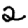
Digit: 2